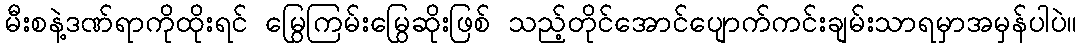
မီးစနဲ့ဒဏ်ရာကိုထိုးရင် မြွေကြမ်းမြွေဆိုးဖြစ် သည့်တိုင်အောင်ပျောက်ကင်းချမ်းသာရမှာအမှန်ပါပဲ။